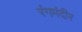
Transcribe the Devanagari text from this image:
रंगमंदीर